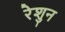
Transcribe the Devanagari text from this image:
रेशुन